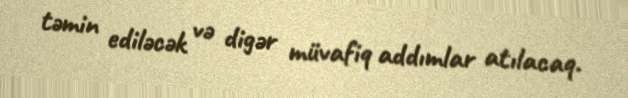
təmin ediləcək və digər müvafiq addımlar atılacaq.